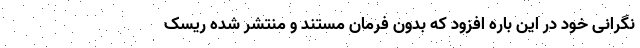
نگرانی خود در این باره افزود که بدون فرمان مستند و منتشر شده ریسک